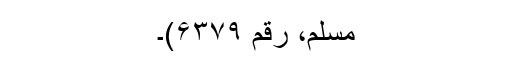
مسلم، رقم ۶۳۷۹)۔